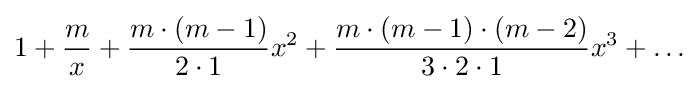
1+{\frac {m}{x}}+{\frac {m\cdot (m-1)}{2\cdot 1}}x^{2}+{\frac {m\cdot (m-1)\cdot (m-2)}{3\cdot 2\cdot 1}}x^{3}+\ldots